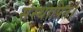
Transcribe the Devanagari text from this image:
संस्थापित।